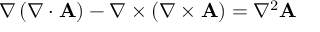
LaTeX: \nabla \left( \nabla \cdot \mathbf { A } \right) - \nabla \times \left( \nabla \times \mathbf { A } \right) = \nabla ^ { 2 } \mathbf { A }